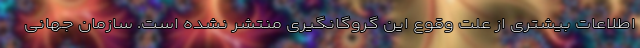
اطلاعات بیشتری از علت وقوع این گروگانگیری منتشر نشده است. سازمان جهانی